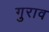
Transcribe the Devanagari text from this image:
गुराव